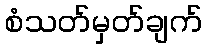
စံသတ်မှတ်ချက်